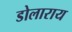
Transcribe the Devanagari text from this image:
डोलाराय